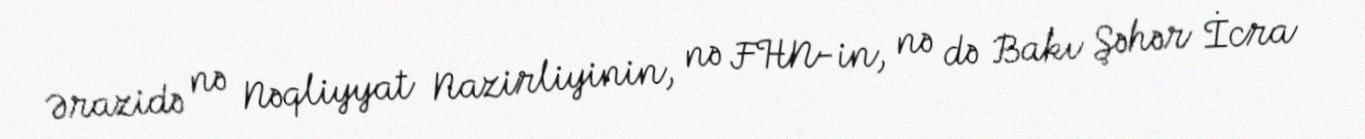
Ərazidə nə Nəqliyyat Nazirliyinin, nə FHN-in, nə də Bakı Şəhər İcra